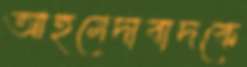
আহমেদাবাদকে